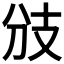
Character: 𢺹